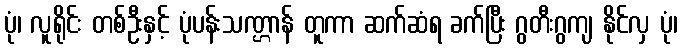
ပုံ၊ လူရိုင်း တစ်ဦးနှင့် ပုံပန်းသဏ္ဌာန် တူကာ ဆက်ဆံရ ခက်ပြီး ဂွတီးဂွကျ နိုင်လှ ပုံ၊